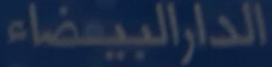
الدارالبيضاء